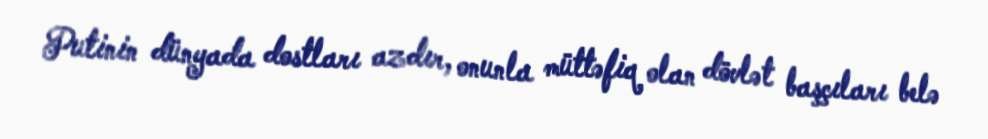
Putinin dünyada dostları azdır, onunla müttəfiq olan dövlət başçıları belə